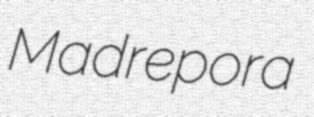
Madrepora